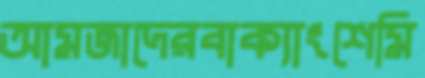
আমজাদেরবাক্যাংশেমি